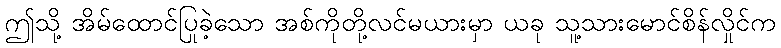
ဤသို့ အိမ်ထောင်ပြုခဲ့သော အစ်ကိုတို့လင်မယားမှာ ယခု သူ့သားမောင်စိန်လှိုင်က